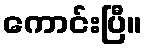
ကောင်းပြီ။